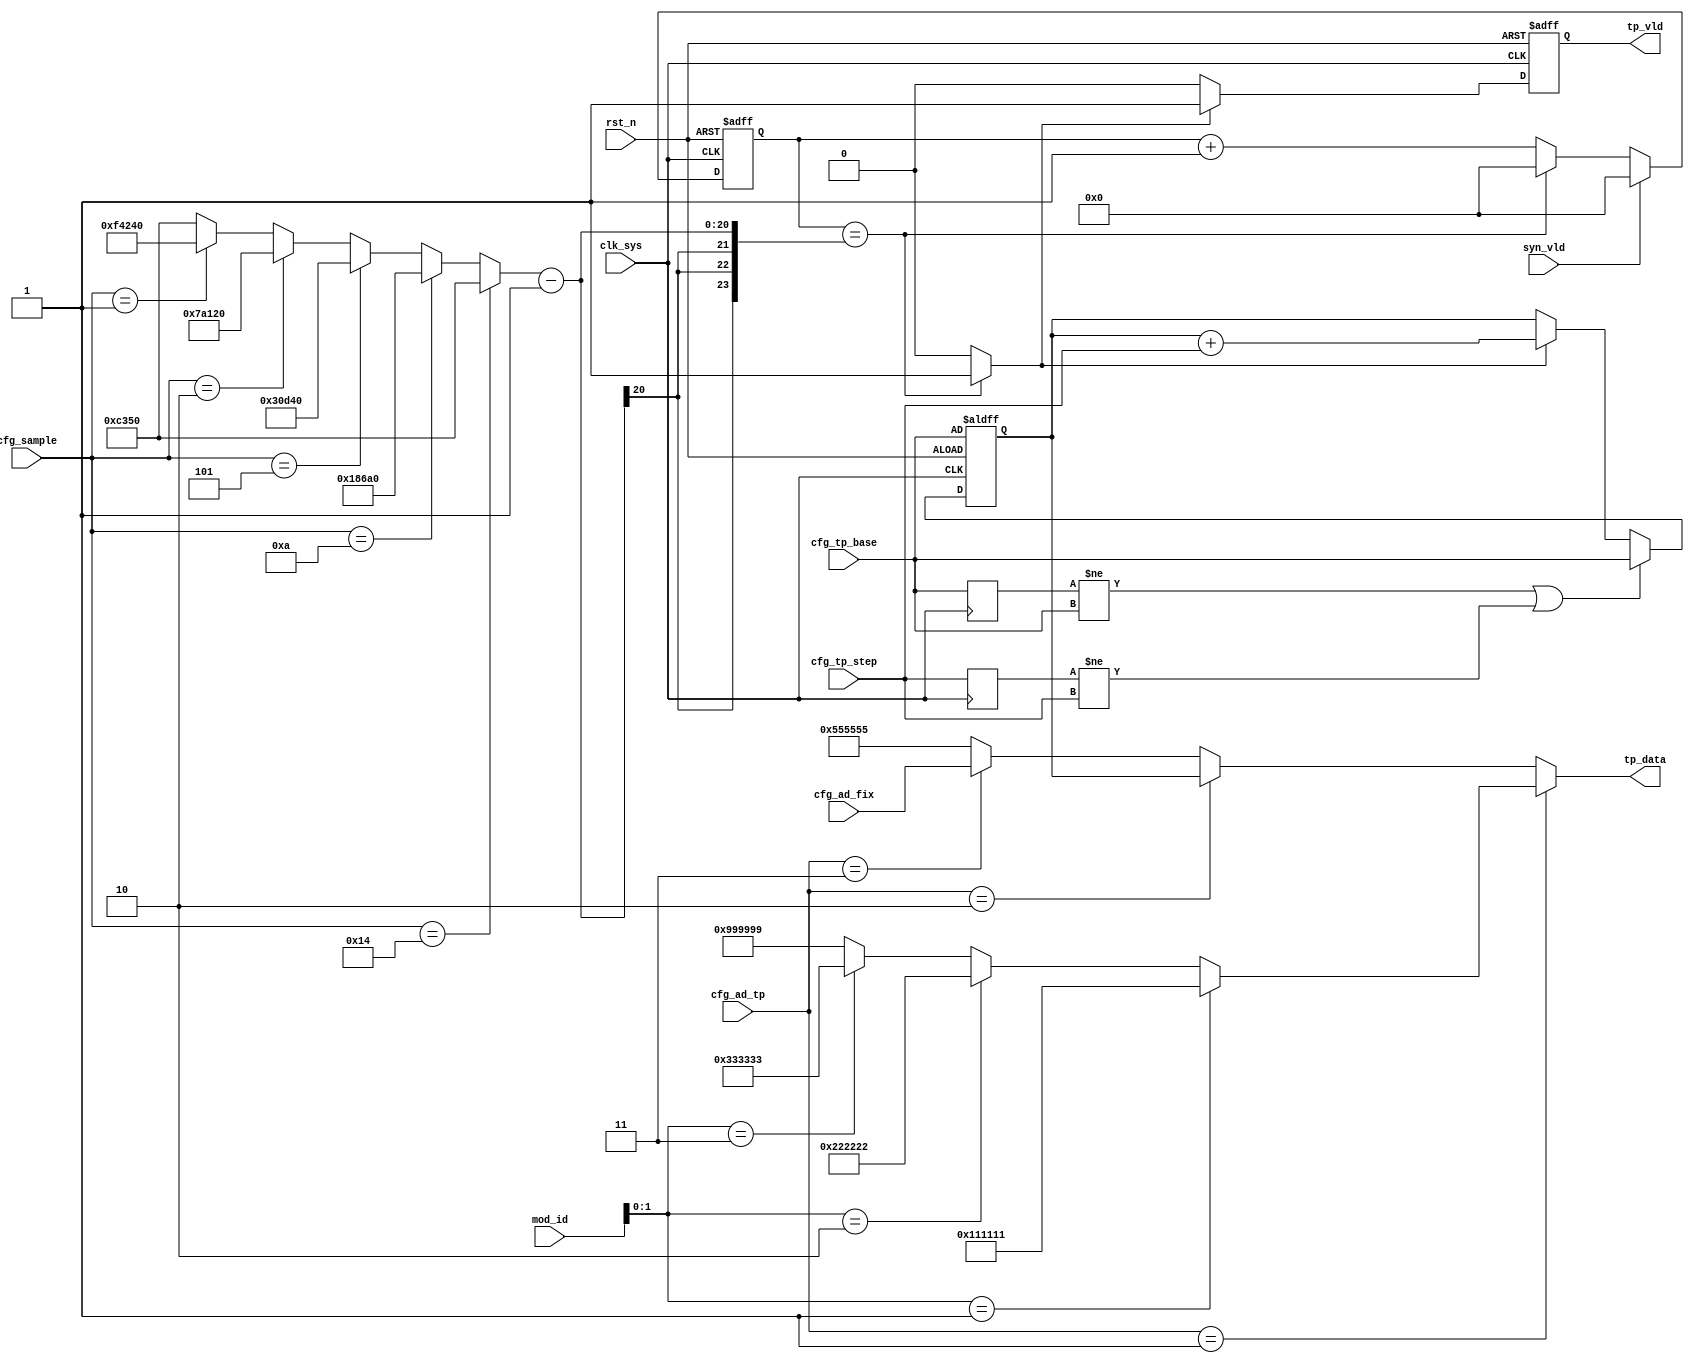
//ad_tp.v
//ad_tp.v

module ad_tp(
tp_data,
tp_vld,
//configuration
cfg_sample,
cfg_ad_tp,
cfg_ad_fix,
cfg_tp_base,
cfg_tp_step,
//clk rst
mod_id,
syn_vld,
clk_sys,
rst_n
);
output [23:0]	tp_data;
output				tp_vld;
//configuration
input [7:0]	cfg_sample;
input [7:0]	cfg_ad_tp;
input [23:0]cfg_ad_fix;
input [23:0]cfg_tp_base;
input [7:0]	cfg_tp_step;
//clk rst
input [5:0] mod_id;
input syn_vld;
input clk_sys;
input rst_n;
//--------------------------------------
//--------------------------------------


reg [23:0] 	cfg_tp_base_reg;
reg [7:0]		cfg_tp_step_reg;
always @ (posedge clk_sys)	begin
	cfg_tp_base_reg <= cfg_tp_base;
	cfg_tp_step_reg <= cfg_tp_step;
end
wire cfg_tp_change = 	(cfg_tp_base_reg != cfg_tp_base) | 
											(cfg_tp_step_reg != cfg_tp_step);

//----------- tp_period -------------
wire [23:0]	tp_period;
`ifdef SIM
assign tp_period = 	(cfg_sample == 8'd20) ? 24'd50 :			//2M = 500ns
										(cfg_sample == 8'd10) ? 24'd1_00 :		//1M = 1us
										(cfg_sample == 8'd5) ? 24'd2_00 :			//500K =2us
										(cfg_sample == 8'd2) ? 24'd5_00 : 	//200K= 5us
										(cfg_sample == 8'd1) ? 24'd10_00 : 	//100K = 10us
										24'd1_000_00;
`else
assign tp_period = 	(cfg_sample == 8'd20) ? 24'd500_00 :			//2K = 500us
										(cfg_sample == 8'd10) ? 24'd1_000_00 :		//1K = 1ms
										(cfg_sample == 8'd5) ? 24'd2_000_00 :			//500Hz =	2ms
										(cfg_sample == 8'd2) ? 24'd5_000_00 : 	//200Hz = 5ms
										(cfg_sample == 8'd1) ? 24'd10_000_00 : 	//100Hz = 10ms
										24'd500_00;
`endif

reg [23:0] cnt_cycle;
always @ (posedge clk_sys or negedge rst_n)	begin
	if(~rst_n)
		cnt_cycle <= 24'h0;
	else if(syn_vld)
		cnt_cycle <= 24'h0;
	else if(cnt_cycle == (tp_period - 24'h1))
		cnt_cycle <= 24'h0;
	else 
		cnt_cycle <= cnt_cycle + 24'h1;
end
wire period_vld = (cnt_cycle == (tp_period - 24'h1)) ? 1'b1 : 1'b0;


//----------- test pattern output -----------
wire [23:0] tp1_data = 	(mod_id[1:0] == 2'h1) ? 24'h111111 :
												(mod_id[1:0] == 2'h2) ? 24'h222222 :
												(mod_id[1:0] == 2'h3) ? 24'h333333 : 24'h999999;
wire [23:0] tp3_data = cfg_ad_fix;
reg [23:0] tp2_data;
always @(posedge clk_sys or negedge rst_n)	begin
	if(~rst_n)
		tp2_data <= cfg_tp_base;
	else if(cfg_tp_change)
		tp2_data <= cfg_tp_base;
	else if(period_vld)
		tp2_data <= tp2_data + {16'h0, cfg_tp_step};
	else ;
end
reg tp_vld;
always @(posedge clk_sys or negedge rst_n)	begin	
	if(~rst_n)
		tp_vld <= 1'b0;
	else 
		tp_vld <= period_vld ? 1'b1 : 1'b0;
end
wire [23:0] tp_data;
assign tp_data = 	(cfg_ad_tp == 8'h1) ? tp1_data :
									(cfg_ad_tp == 8'h2) ? tp2_data : 
									(cfg_ad_tp == 8'h3) ? tp3_data : 24'h555555;


endmodule